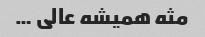
مثه همیشه عالی …